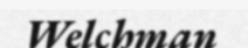
Welchman